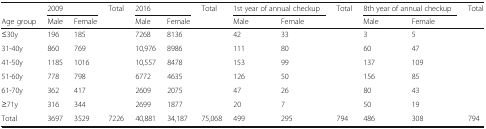
<table><thead><tr><td></td><td colspan="2"><b>2009</b></td><td><b>Total</b></td><td colspan="2"><b>2016</b></td><td><b>Total</b></td><td colspan="2"><b>1st year of annual checkup</b></td><td><b>Total</b></td><td colspan="2"><b>8th year of annual checkup</b></td><td><b>Total</b></td></tr><tr><td><b>Age group</b></td><td><b>Male</b></td><td><b>Female</b></td><td></td><td><b>Male</b></td><td><b>Female</b></td><td></td><td><b>Male</b></td><td><b>Female</b></td><td></td><td><b>Male</b></td><td><b>Female</b></td><td></td></tr></thead><tbody><tr><td>≤30y</td><td>196</td><td>185</td><td></td><td>7268</td><td>8136</td><td></td><td>42</td><td>33</td><td></td><td>3</td><td>5</td><td></td></tr><tr><td>31-40y</td><td>860</td><td>769</td><td></td><td>10,976</td><td>8986</td><td></td><td>111</td><td>80</td><td></td><td>60</td><td>47</td><td></td></tr><tr><td>41-50y</td><td>1185</td><td>1016</td><td></td><td>10,557</td><td>8478</td><td></td><td>153</td><td>99</td><td></td><td>137</td><td>109</td><td></td></tr><tr><td>51-60y</td><td>778</td><td>798</td><td></td><td>6772</td><td>4635</td><td></td><td>126</td><td>50</td><td></td><td>156</td><td>85</td><td></td></tr><tr><td>61-70y</td><td>362</td><td>417</td><td></td><td>2609</td><td>2075</td><td></td><td>47</td><td>26</td><td></td><td>80</td><td>43</td><td></td></tr><tr><td>≥71y</td><td>316</td><td>344</td><td></td><td>2699</td><td>1877</td><td></td><td>20</td><td>7</td><td></td><td>50</td><td>19</td><td></td></tr><tr><td>Total</td><td>3697</td><td>3529</td><td>7226</td><td>40,881</td><td>34,187</td><td>75,068</td><td>499</td><td>295</td><td>794</td><td>486</td><td>308</td><td>794</td></tr></tbody></table>